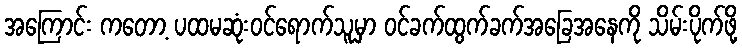
အကြောင်း ကတော့ ပထမဆုံးဝင်ရောက်သူမှာ ဝင်ခက်ထွက်ခက်အခြေအနေကို သိမ်းပိုက်ဖို့